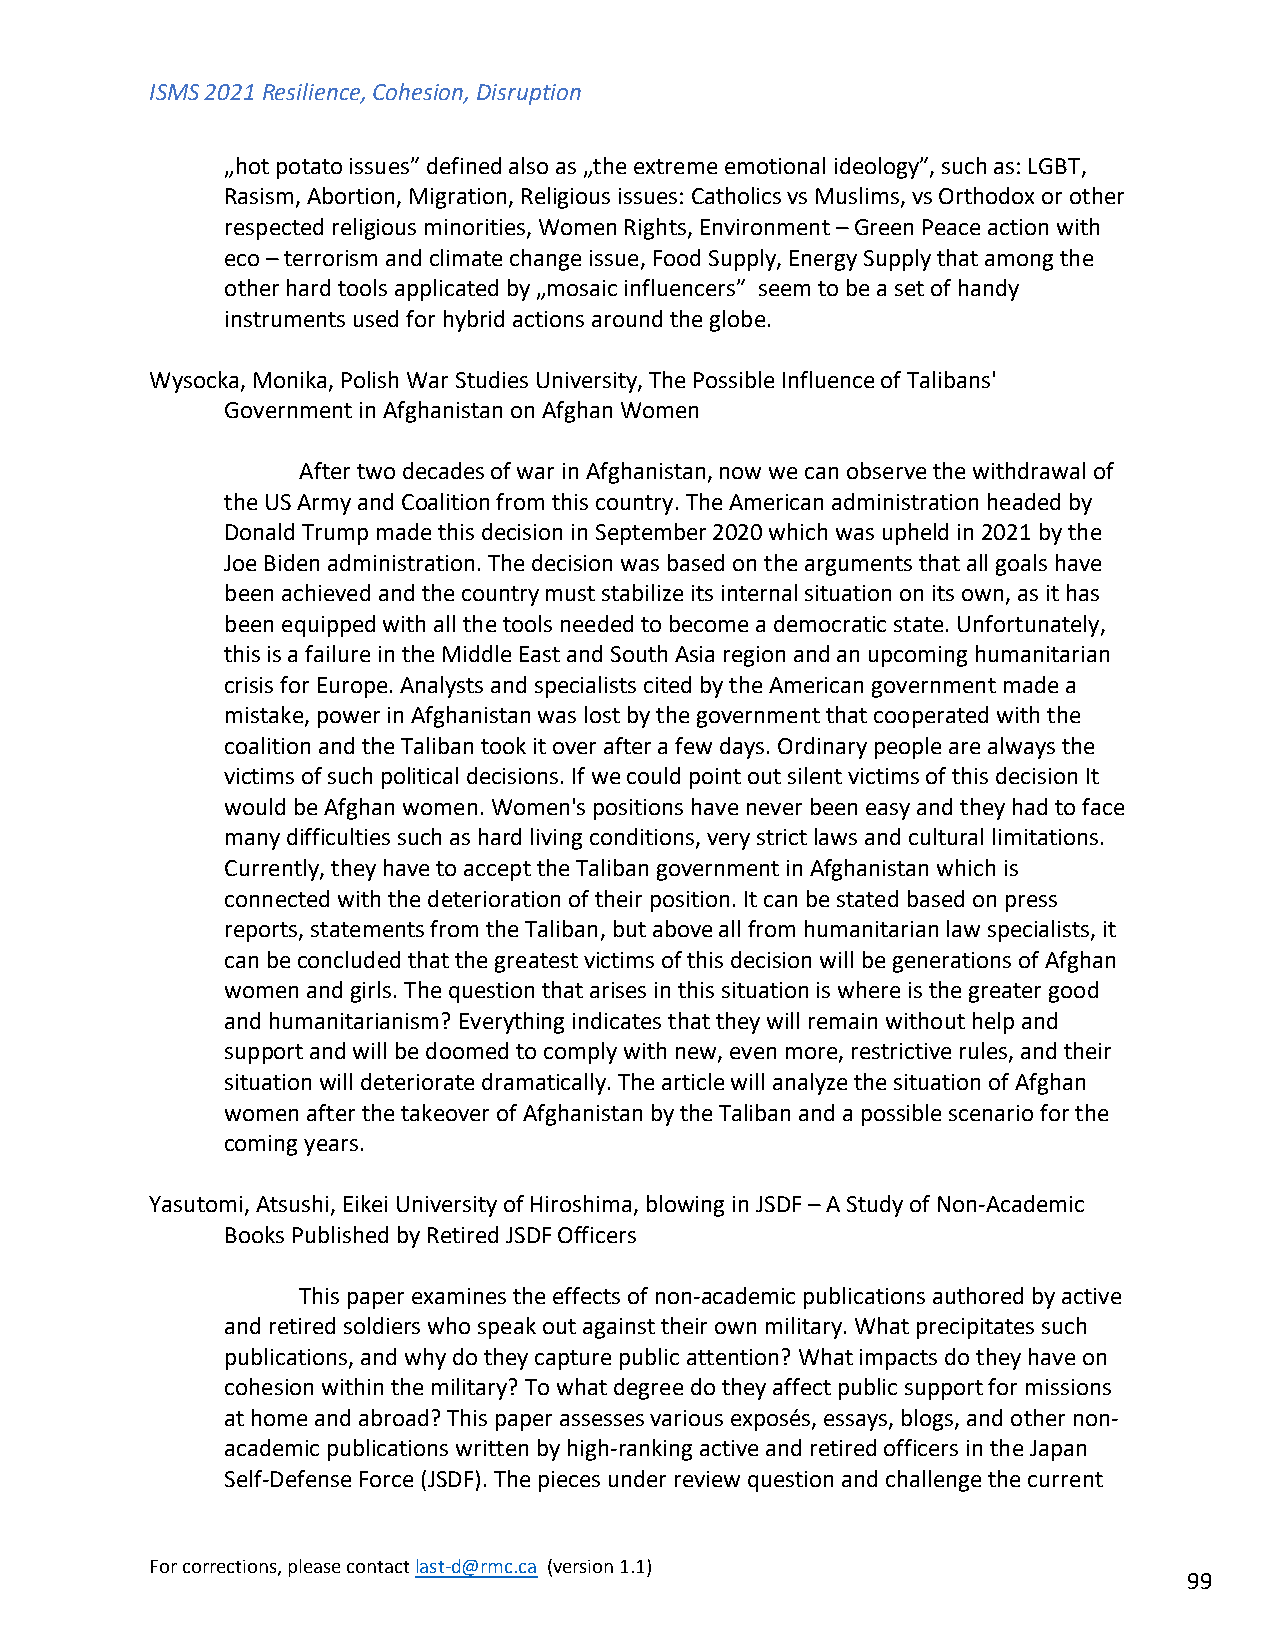
ISMS 2021 Resilience, Cohesion, Disruption
 „hot potato issues” defined also as „the extreme emotional ideology”, such as: LGBT,
 Rasism, Abortion, Migration, Religious issues: Catholics vs Muslims, vs Orthodox or other
 respected religious minorities, Women Rights, Environment – Green Peace action with
 eco – terrorism and climate change issue, Food Supply, Energy Supply that among the
 other hard tools applicated by „mosaic influencers” seem to be a set of handy
 instruments used for hybrid actions around the globe.
 Wysocka, Monika, Polish War Studies University, The Possible Influence of Talibans'
 Government in Afghanistan on Afghan Women
 After two decades of war in Afghanistan, now we can observe the withdrawal of
 the US Army and Coalition from this country. The American administration headed by
 Donald Trump made this decision in September 2020 which was upheld in 2021 by the
 Joe Biden administration. The decision was based on the arguments that all goals have
 been achieved and the country must stabilize its internal situation on its own, as it has
 been equipped with all the tools needed to become a democratic state. Unfortunately,
 this is a failure in the Middle East and South Asia region and an upcoming humanitarian
 crisis for Europe. Analysts and specialists cited by the American government made a
 mistake, power in Afghanistan was lost by the government that cooperated with the
 coalition and the Taliban took it over after a few days. Ordinary people are always the
 victims of such political decisions. If we could point out silent victims of this decision It
 would be Afghan women. Women's positions have never been easy and they had to face
 many difficulties such as hard living conditions, very strict laws and cultural limitations.
 Currently, they have to accept the Taliban government in Afghanistan which is
 connected with the deterioration of their position. It can be stated based on press
 reports, statements from the Taliban, but above all from humanitarian law specialists, it
 can be concluded that the greatest victims of this decision will be generations of Afghan
 women and girls. The question that arises in this situation is where is the greater good
 and humanitarianism? Everything indicates that they will remain without help and
 support and will be doomed to comply with new, even more, restrictive rules, and their
 situation will deteriorate dramatically. The article will analyze the situation of Afghan
 women after the takeover of Afghanistan by the Taliban and a possible scenario for the
 coming years.
 Yasutomi, Atsushi, Eikei University of Hiroshima, blowing in JSDF – A Study of Non-Academic
 Books Published by Retired JSDF Officers
 This paper examines the effects of non-academic publications authored by active
 and retired soldiers who speak out against their own military. What precipitates such
 publications, and why do they capture public attention? What impacts do they have on
 cohesion within the military? To what degree do they affect public support for missions
 at home and abroad? This paper assesses various exposés, essays, blogs, and other non-
 academic publications written by high-ranking active and retired officers in the Japan
 Self-Defense Force (JSDF). The pieces under review question and challenge the current
 For corrections, please contact last-d@rmc.ca (version 1.1)
 99